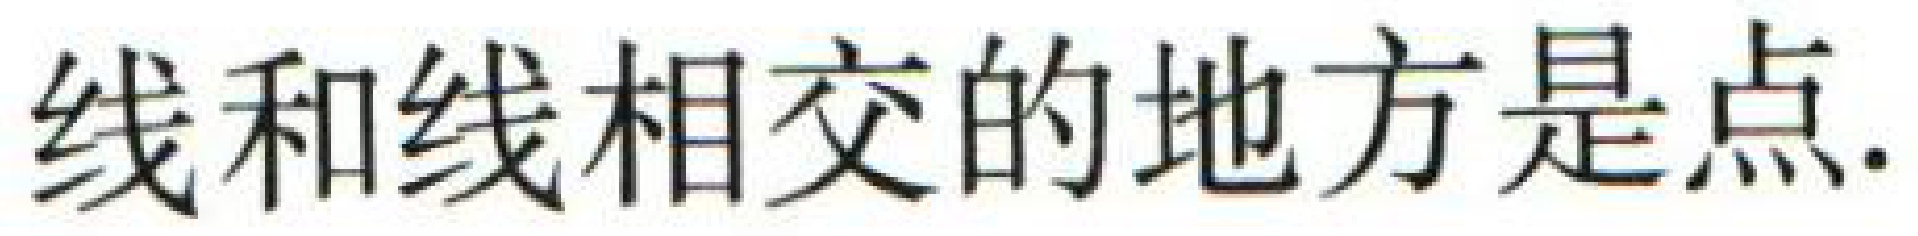
线和线相交的地方是点.